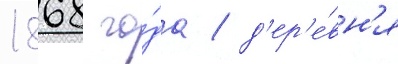
1868 го́да / д'ер'е́вн'я